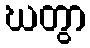
ဃတွာ